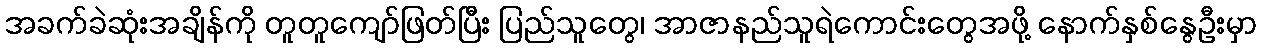
အခက်ခဲဆုံးအချိန်ကို တူတူကျော်ဖြတ်ပြီး ပြည်သူတွေ၊ အာဇာနည်သူရဲကောင်းတွေအဖို့ နောက်နှစ်နွေဦးမှာ